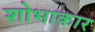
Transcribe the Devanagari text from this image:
शोभाकार